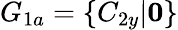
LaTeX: G_{1a}=\{ C_{2y}|\mathbf{0}\}